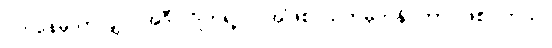
ပတ်နေမှသာလျှင် အဲဒီ ဂြိုဟ်ရဲ့ လအဖြစ် သတ်မှတ်နိုင်တာ ဖြစ်ပါတယ်။